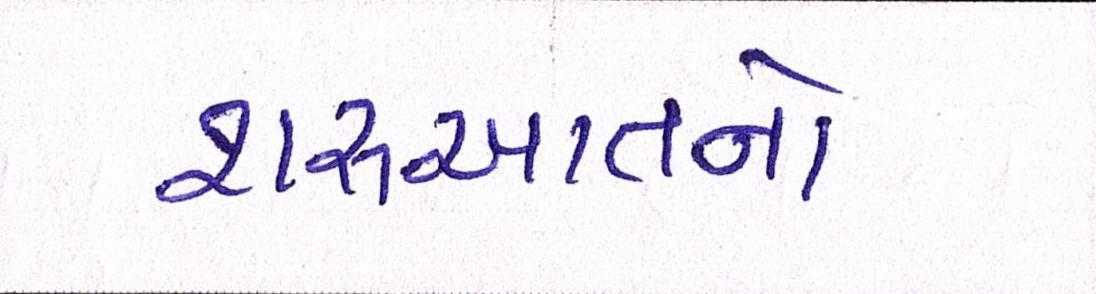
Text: શરૂઆતનો